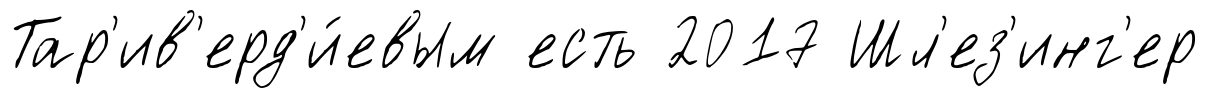
Тар'ив'ерд'и́евым есть 2017 Шл'ез'инг'ер